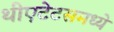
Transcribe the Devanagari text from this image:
थीएटेटसमध्ये